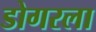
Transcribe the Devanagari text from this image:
डोगरला